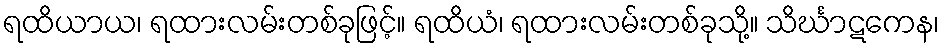
ရထိယာယ၊ ရထားလမ်းတစ်ခုဖြင့်။ ရထိယံ၊ ရထားလမ်းတစ်ခုသို့။ သိင်္ဃာဋကေန၊